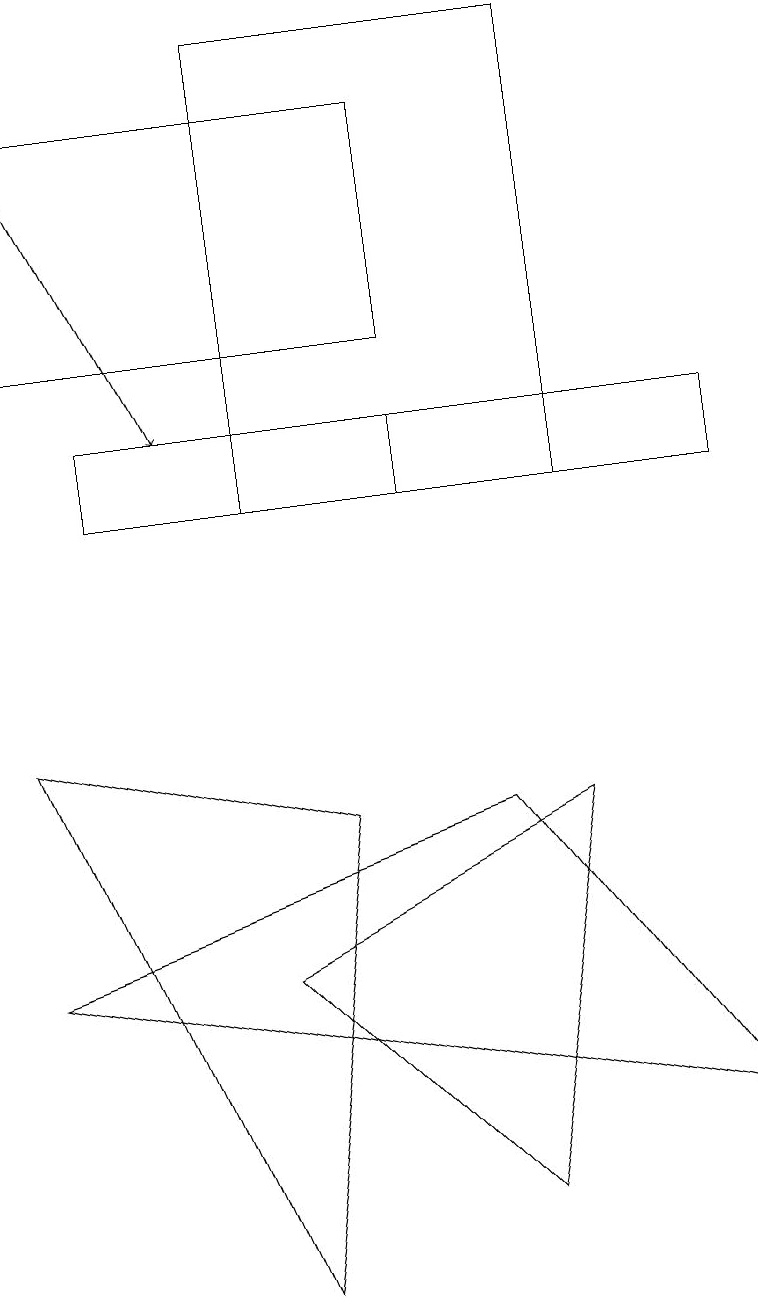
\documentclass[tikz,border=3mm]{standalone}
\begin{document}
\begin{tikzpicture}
\draw (4,8) -- (0,9) -- (3,2) -- cycle;
\draw[->] (0,17) -- (2,13);
\draw (9,12) rectangle (1,13);
\draw (5,13) rectangle (9,12);
\draw (6,8) -- (9,4) -- (0,6) -- cycle;
\draw (3,6) -- (7,8) -- (6,3) -- cycle;
\draw (5,17) rectangle (0,14);
\draw (7,12) rectangle (3,18);
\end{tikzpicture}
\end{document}